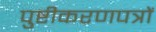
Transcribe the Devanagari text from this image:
पुष्टीकरणपत्रों